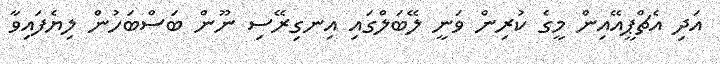
އަދި އެޗްޕީއޭއިން މީގެ ކުރިން ވަނީ ލޭބަލްގައި އިނގިރޭސި ނޫން ބަސްބަހުން ލިޔެފައިވާ